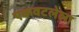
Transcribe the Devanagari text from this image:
एकवटलेला